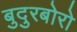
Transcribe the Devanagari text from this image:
बुदुरबोरो